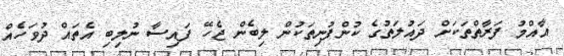
އާއްމު ފަރާތްތަކަށް ދައުލަތުގެ ކުންފުނިތަކުން ލިބެން ޖެހޭ ފައިސާ ނުލިބި އެތައް ދުވަހެއް